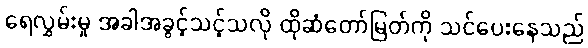
ရေလွှမ်းမှု အခါအခွင့်သင့်သလို ထိုဆံတော်မြတ်ကို သင်ပေးနေသည်